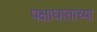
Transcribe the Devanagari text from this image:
पक्षाघाताच्या